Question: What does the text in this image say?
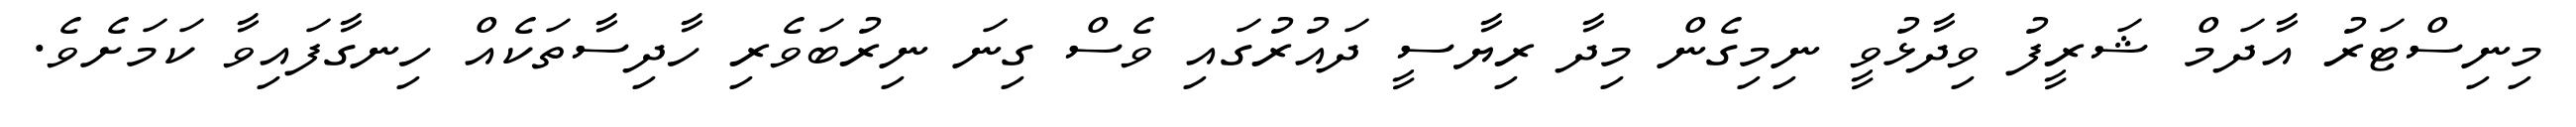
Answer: މިނިސްޓަރު އާދަމް ޝަރީފު ވިދާޅުވީ ނިމިގެން މިދާ ރިޔާސީ ދައުރުގައި ވެސް ގިނަ ނިރުބަވެރި ހާދިސާތަކެއް ހިނގާފައިވާ ކަމަށެވެ.